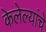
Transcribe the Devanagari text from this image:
केलेल्यांचे